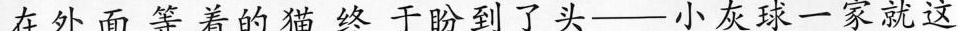
在外面等着的猫终于盼到了头——小灰球一家就这